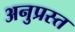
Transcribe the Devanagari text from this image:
अनुप्रस्त